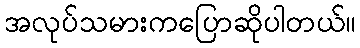
အလုပ်သမားကပြောဆိုပါတယ်။